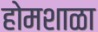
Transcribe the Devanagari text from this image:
होमशाळा